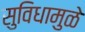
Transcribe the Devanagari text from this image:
सुविधामुळे